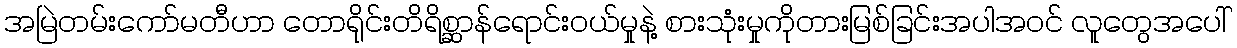
အမြဲတမ်းကော်မတီဟာ တောရိုင်းတိရိစ္ဆာန်ရောင်းဝယ်မှုနဲ့ စားသုံးမှုကိုတားမြစ်ခြင်းအပါအဝင် လူတွေအပေါ်